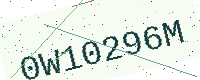
Text: 0W10296M